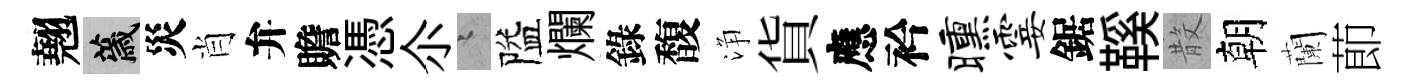
翹薉災肖弁贍憑尒迢隘爛錄馥浄貨應衿曛霎鋸鞵𣪚朝蘭莭